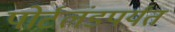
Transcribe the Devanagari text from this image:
पोर्टलंडपर्यंत